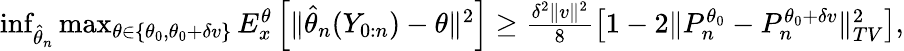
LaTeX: \begin{array}{r}{\operatorname*{inf}_{\hat{\theta}_{n}}\operatorname*{max}_{\theta\in\{ \theta_{0},\theta_{0}+\delta v\} }E_{x}^{\theta}\left[\Vert\hat{\theta}_{n}(Y_{0:n})-\theta\Vert^{2}\right]\geq\frac{\delta^{2}\Vert v\Vert^{2}}{8}\left[1-2\Vert P_{n}^{\theta_{0}}-P_{n}^{\theta_{0}+\delta v}\Vert_{TV}^{2}\right],}\end{array}